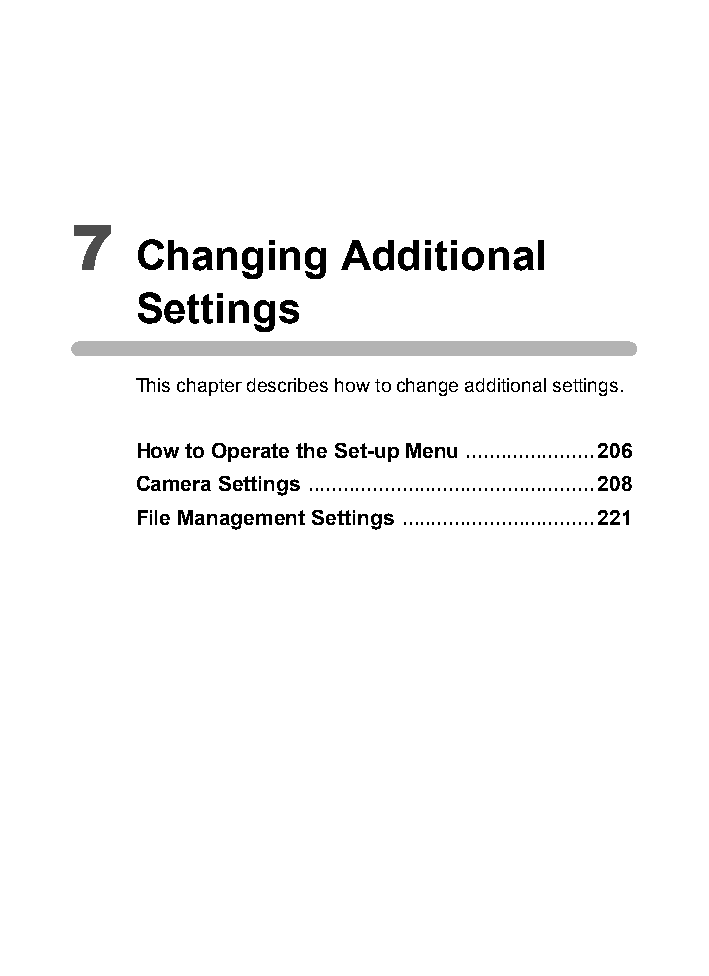
7
 Changing     Additional
 Settings
 This chapter describes how to change additional settings.
 How to Operate the Set-up Menu ......................206
 Camera Settings .................................................208
 File Management Settings .................................221